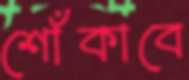
শোঁকাবে